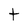
Character: t